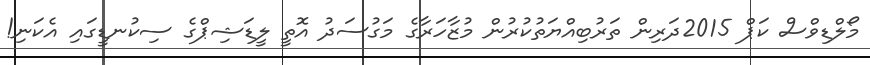
މޯލްޑިވްސް ކަޕް 2015ދަރިން ތަރުބިއްޔަތުކުރުން މުޒާހަރާގެ މަގުސަދު އޮތީ ލީޑަޝިޕްގެ ސިކުނޑީގައި އެކަނި!